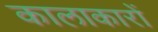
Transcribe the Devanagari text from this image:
कालाकारों